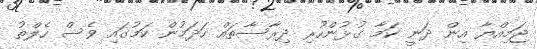
ޖަމިއްޔާ އިން ދަނީ ކަމާ ގުޅުންހުރި ދިރާސާތައް ހަދަމުން ކަމުގައި ވެސް ހެލްތު